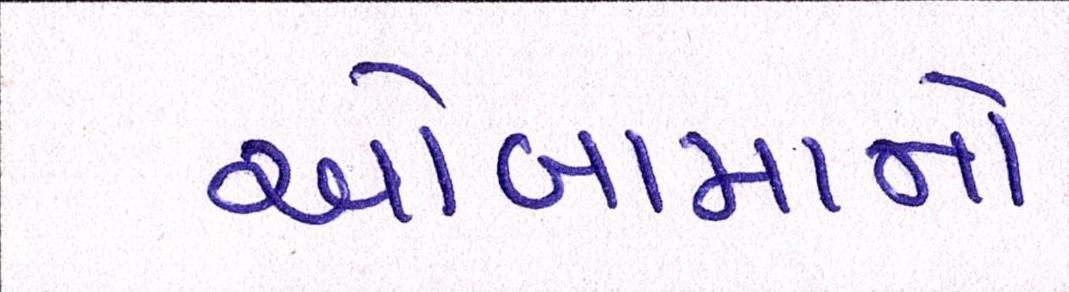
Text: ઓબામાનો